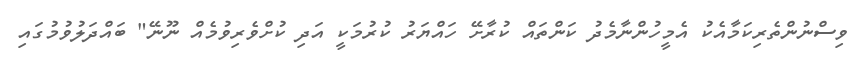
ވިސްނުންތެރިކަމާއެކު އެމީހުންނާމެދު ކަންތައް ކުރާށޭ ހައްޔަރު ކުރުމަކީ އަދި ކުށްވެރިވުމެއް ނޫނޭ" ބައްދަލުވުމުގައި